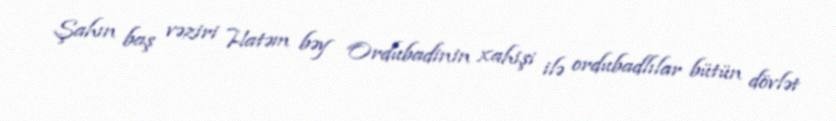
Şahın baş vəziri Hatəm bəy Ordubadinin xahişi ilə ordubadlılar bütün dövlət